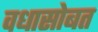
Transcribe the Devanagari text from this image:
वधासोबत